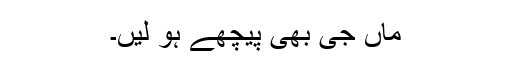
ماں جی بھی پیچھے ہو لیں۔